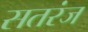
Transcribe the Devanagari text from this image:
सतरंज